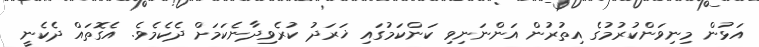
އަޅުން މިނިވަންކުރުމުގެ އިތުރުން އަންނަނިވި ކަންކަމުގައި ޚަރަދު ކުރެވިދާނެކަމަށް ދެކެމެވެ. އެގޮތައް ދެކެނީ